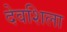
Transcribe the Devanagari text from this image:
देवशिला